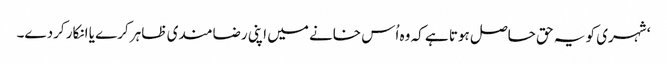
‘ شہری کو یہ حق حاصل ہوتا ہے کہ وہ اُس خانے میں اپنی رضامندی ظاہر کرے یا انکار کردے۔